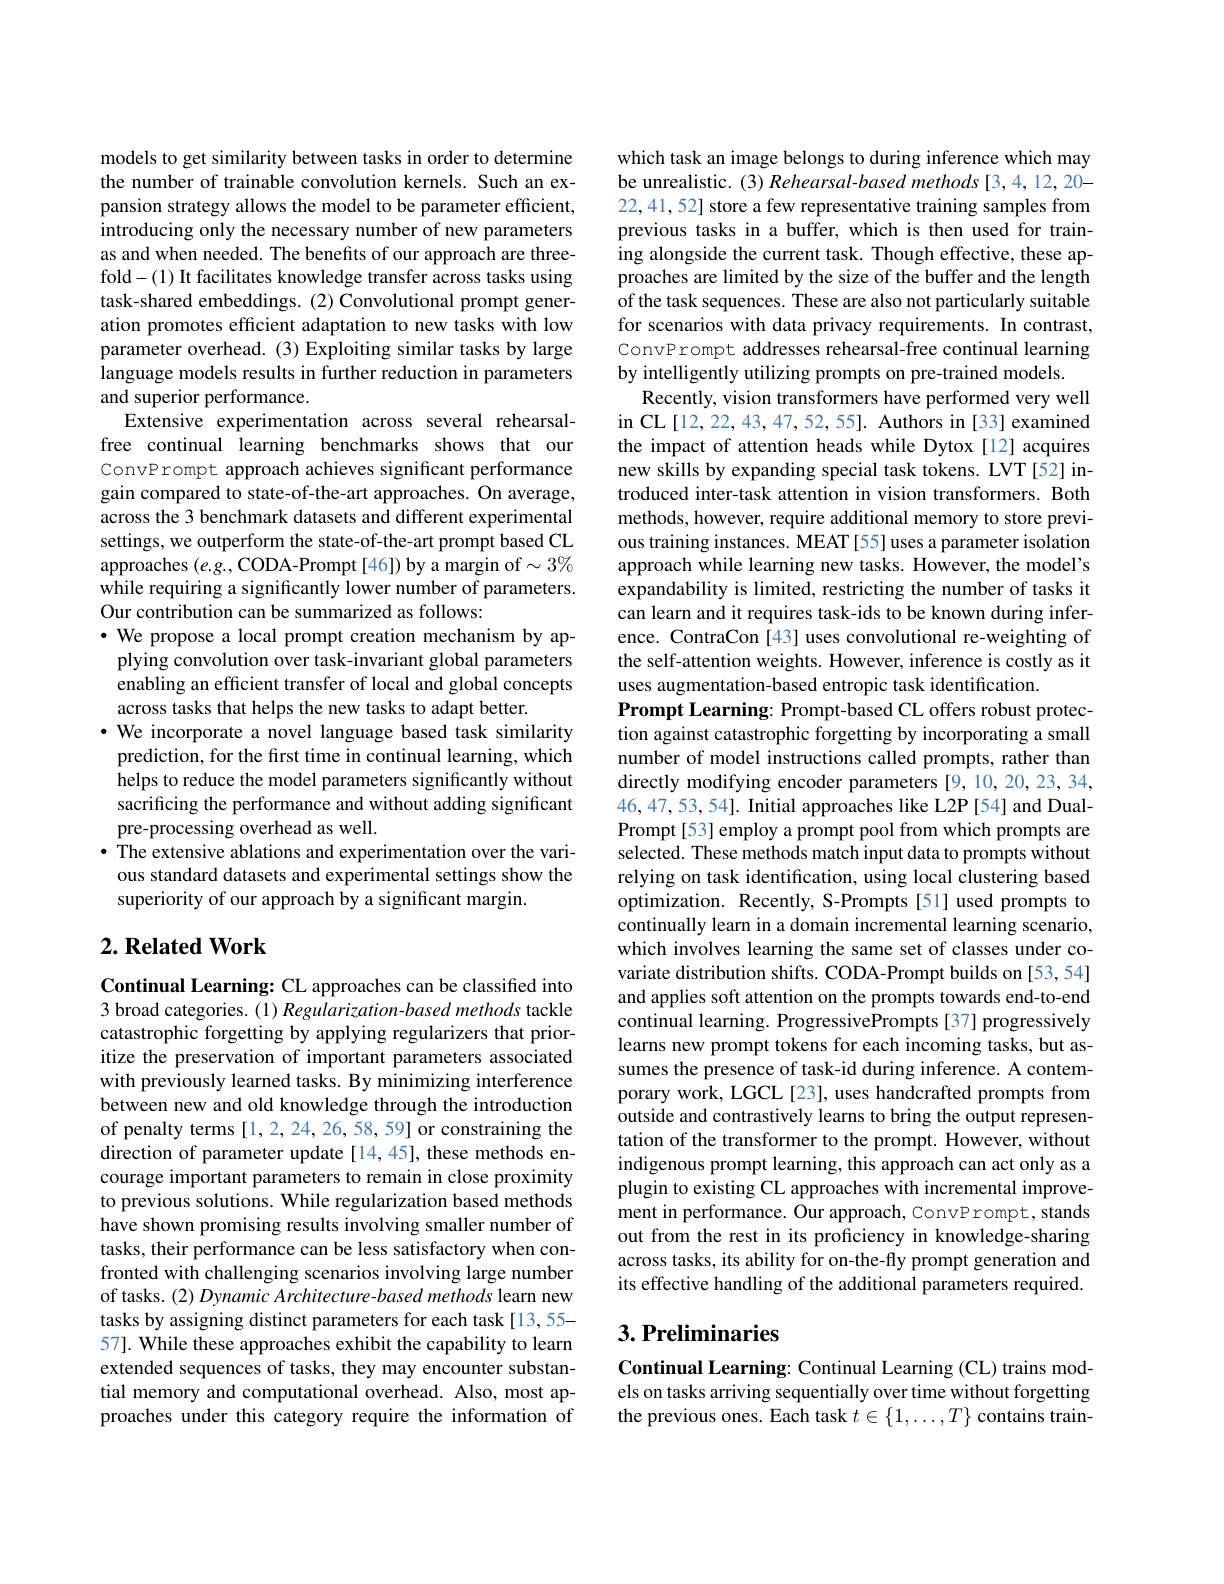
models to get similarity between tasks in order to determine the number of trainable convolution kernels. Such an expansion strategy allows the model to be parameter efficient, introducing only the necessary number of new parameters as and when needed. The benefits of our approach are threefold-(1) It facilitates knowledge transfer across tasks using task-shared embeddings. (2) Convolutional prompt generation promotes efficient adaptation to new tasks with low parameter overhead. (3) Exploiting similar tasks by large language models results in further reduction in parameters and superior performance.
Extensive experimentation across several rehearsalfree continual learning benchmarks shows that our ConvP rompt approach achieves significant performance gain compared to state-of-the-art approaches. On average, across the 3 benchmark datasets and different experimental settings, we outperform the state-of-the-art prompt based CL approaches $(e.g.$,CODA-Prompt[46])by a margin of$\sim3\%$ while requiring a significantly lower number of parameters. Our contribution can be summarized as follows:
$\cdot$ We propose a local prompt creation mechanism by ap-
plying convolution over task-invariant global parameters enabling an efficient transfer of local and global concepts across tasks that helps the new tasks to adapt better.
·We incorporate a novel language based task similarity prediction, for the first time in continual learning, which helps to reduce the model parameters significantly without sacrificing the performance and without adding significant pre-processing overhead as well.
$\bullet$ The extensive ablations and experimentation over the various standard datasets and experimental settings show the superiority of our approach by a significant margin.

## $2. \textbf{ Related Work}$

Continual Learning: CL approaches can be classified into 3 broad categories. (1) Regularization-based methods tackle catastrophic forgetting by applying regularizers that prioritize the preservation of important parameters associated with previously learned tasks. By minimizing interference between new and old knowledge through the introduction of penalty terms [1,2,24,26,58,59] or constraining the direction of parameter update[14,45], these methods encourage important parameters to remain in close proximity to previous solutions. While regularization based methods have shown promising results involving smaller number of tasks, their performance can be less satisfactory when confronted with challenging scenarios involving large number of tasks. (2) Dynamic Architecture-based methods learn new tasks by assigning distinct parameters for each task [13,55- 57]. While these approaches exhibit the capability to learn extended sequences of tasks, they may encounter substantial memory and computational overhead. Also, most approaches under this category require the information of

which task an image belongs to during inference which may be unrealistic. (3) Rehearsal-based methods [3,4,12,20- 22,41,52] store a few representative training samples from previous tasks in a buffer, which is then used for training alongside the current task. Though effective, these approaches are limited by the size of the buffer and the length of the task sequences. These are also not particularly suitable for scenarios with data privacy requirements. In contrast, ConvPrompt addresses rehearsal-free continual learning by intelligently utilizing prompts on pre-trained models.
Recently, vision transformers have performed very well in CL[12,22,43,47,52,55]. Authors in [33] examined the impact of attention heads while Dytox[12] acquires new skills by expanding special task tokens. LVT[52] introduced inter-task attention in vision transformers. Both methods, however, require additional memory to store previous training instances. MEAT [55] uses a parameter isolation approach while learning new tasks. However, the model's expandability is limited, restricting the number of tasks it can learn and it requires task-ids to be known during inference. ContraCon [43] uses convolutional re-weighting of the self-attention weights. However, inference is costly as it uses augmentation-based entropic task identification
Prompt Learning: Prompt-based CL offers robust protection against catastrophic forgetting by incorporating a small number of model instructions called prompts, rather than directly modifying encoder parameters [9,10,20,23,34, 46,47,53,54]. Initial approaches like L2P[54] and DualPrompt[53]employ a prompt pool from which prompts are selected. These methods match input data to prompts without relying on task identification, using local clustering based optimization. Recently, S-Prompts[51] used prompts to continually learn in a domain incremental learning scenario, which involves learning the same set of classes under covariate distribution shifts. CODA-Prompt builds on [53,54] and applies soft attention on the prompts towards end-to-end continual learning. ProgressivePrompts [37] progressively learns new prompt tokens for each incoming tasks, but assumes the presence of task-id during inference. A contemporary work, LGCL[23], uses handcrafted prompts from outside and contrastively learns to bring the output representation of the transformer to the prompt. However, without indigenous prompt learning, this approach can act only as a plugin to existing CL approaches with incremental improvement in performance. Our approach, ConvP rompt, stands out from the rest in its proficiency in knowledge-sharing across tasks, its ability for on-the-fly prompt generation and its effective handling of the additional parameters required.

## $3. \textbf{Preliminaries}$

Continual Learning: Continual Learning (CL) trains models on tasks arriving sequentially over time without forgetting the previous ones. Each task $t\in\{1,\ldots,T\}$ contains train-